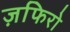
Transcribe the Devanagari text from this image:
ज़फिरो